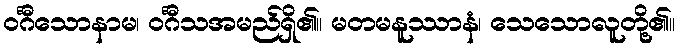
ဝင်္ဂီသောနာမ၊ ဝင်္ဂီသအမည်ရှိ၏။ မတမနူဿာနံ၊ သေသောလူတို့၏။